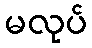
မလုပ်